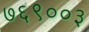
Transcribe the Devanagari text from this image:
७६९००३